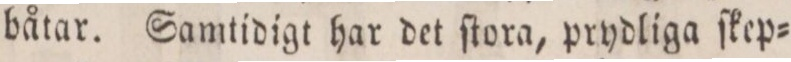
båtar. Samtidigt har det ſtora, prydliga ſkep=